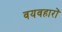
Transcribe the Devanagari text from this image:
वयवहारों